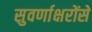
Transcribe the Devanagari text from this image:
सुवर्णाक्षरोंसे